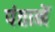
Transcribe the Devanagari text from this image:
पंतानें